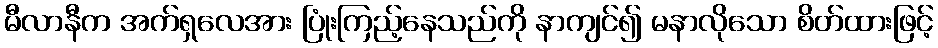
မီလာနီက အက်ရှလေအား ပြုံးကြည့်နေသည်ကို နာကျင်၍ မနာလိုသော စိတ်ထားဖြင့်